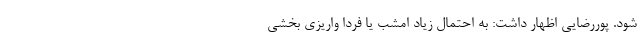
شود. پوررضایی اظهار داشت:‌ به احتمال زیاد امشب یا فردا واریزی بخشی